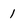
Character: 1